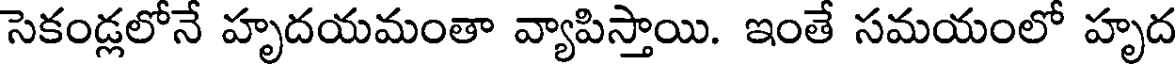
సెకండ్లలోనే హృదయమంతా వ్యాపిస్తాయి. ఇంతే సమయంలో హృద